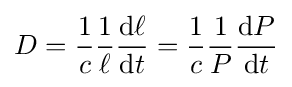
D={\frac {1}{c}}{\frac {1}{\ell }}{\frac {\mathrm {d} \ell }{\mathrm {d} t}}={\frac {1}{c}}{\frac {1}{P}}{\frac {\mathrm {d} P}{\mathrm {d} t}}